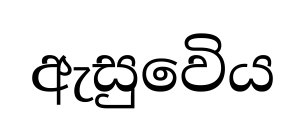
ඇසුවෙිය